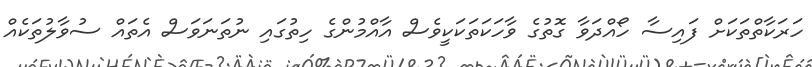
ހަރަކާތްތަކަށް ފައިސާ ހޯއްދަވާ ގޮތުގެ ވާހަކަތަކަކީވެސް އާއްމުންގެ ހިތުގައި ނުތަނަވަސް އެތައް ސުވާލުތަކެއް